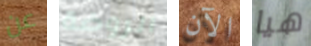
عن الروضة الآن هيا